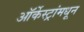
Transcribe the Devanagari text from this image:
ऑर्केस्ट्रांमधून